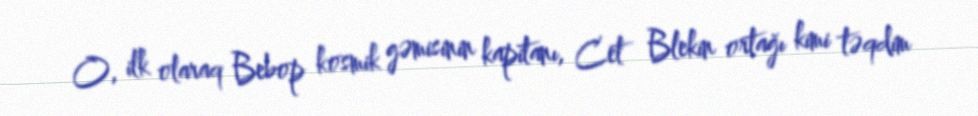
O, ilk olaraq Bebop kosmik gəmisinin kapitanı, Cet Blekin ortağı kimi təqdim